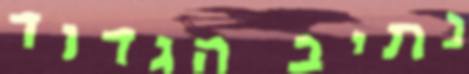
נתיב הגדוד